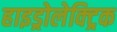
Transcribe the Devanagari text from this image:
हाइड्रोलेक्ट्रिक